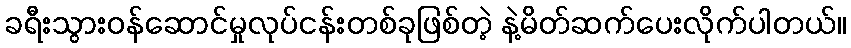
ခရီးသွားဝန်ဆောင်မှုလုပ်ငန်းတစ်ခုဖြစ်တဲ့ နဲ့မိတ်ဆက်ပေးလိုက်ပါတယ်။